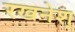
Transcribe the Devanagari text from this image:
रखनेश्